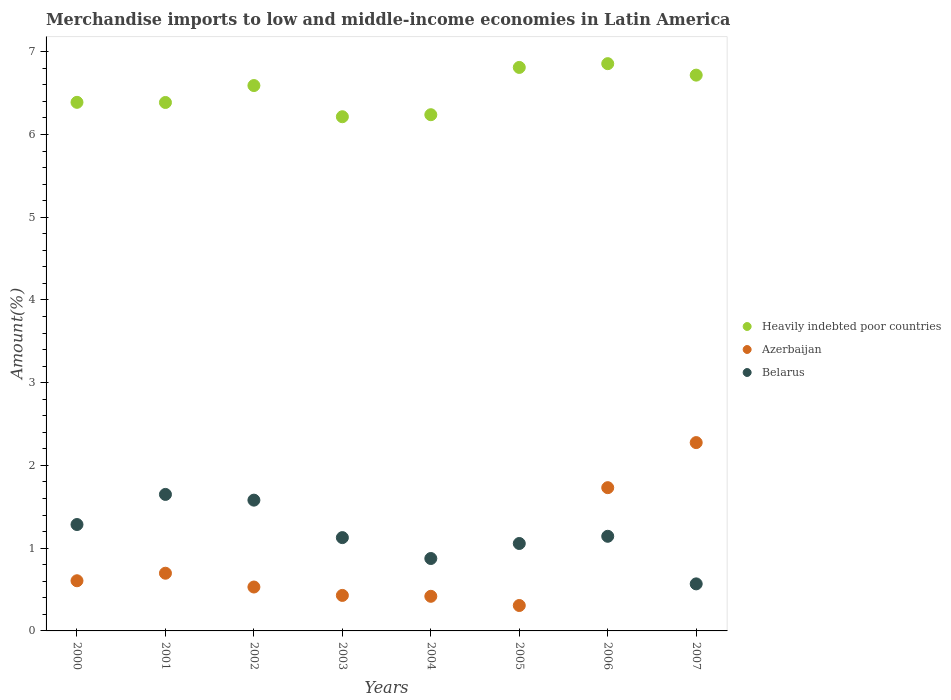
| Years | Heavily indebted poor countries | Azerbaijan | Belarus |
 | --- | --- | --- | --- |
 | 2000 | 6.39 | 0.606 | 1.29 |
 | 2001 | 6.39 | 0.697 | 1.65 |
 | 2002 | 6.59 | 0.531 | 1.58 |
 | 2003 | 6.21 | 0.429 | 1.13 |
 | 2004 | 6.24 | 0.418 | 0.875 |
 | 2005 | 6.81 | 0.307 | 1.06 |
 | 2006 | 6.86 | 1.73 | 1.14 |
 | 2007 | 6.72 | 2.28 | 0.569 |